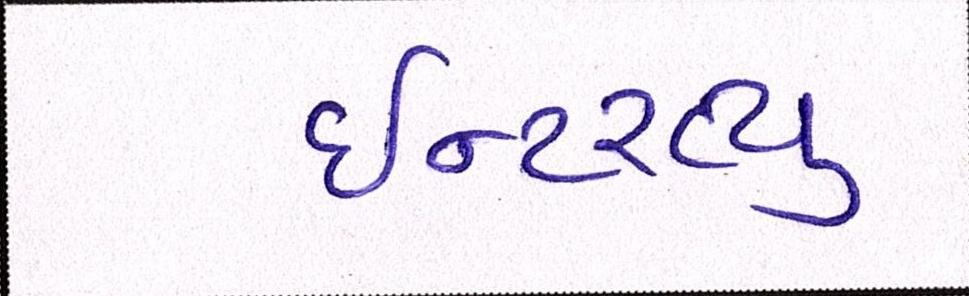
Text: ઈન્ટરવ્યૂ